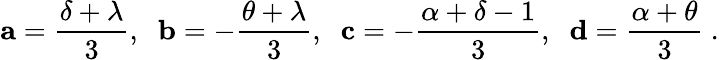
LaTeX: \mathbf{a}=\frac{\delta+\lambda}{3},\; \; \mathbf{b}=-\frac{\theta+\lambda}{3},\; \; \mathbf{c}=-\frac{\alpha+\delta-1}{3},\; \; \mathbf{d}=\frac{\alpha+\theta}{3}\ .